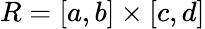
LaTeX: R=[a,b]\times[c,d]